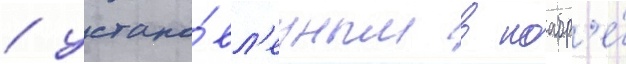
/ устано́вл'енным в ноабр'е́